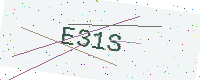
Text: E31S